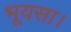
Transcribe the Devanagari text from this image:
भूयसा।